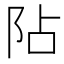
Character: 阽